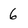
Character: 6